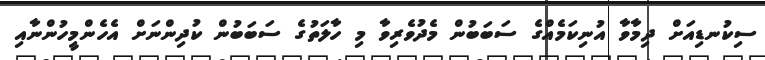
ސިކުނޑިއަށް ދިމާވާ އުނިކަމެއްގެ ސަބަބުން މެދުވެރިވާ މި ހާލަތުގެ ސަބަބުން ކުދިންނަށް އެހެންމީހުންނާއި